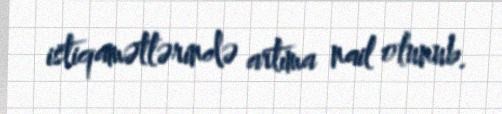
istiqamətlərində artıma nail olunub.